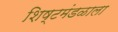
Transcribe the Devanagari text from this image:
शिष्टमंडळाला